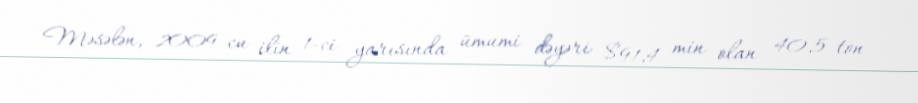
Məsələn, 2009-cu ilin 1-ci yarısında ümumi dəyəri $91,4 min olan 40,5 ton